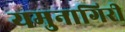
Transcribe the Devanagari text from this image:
यमुनागिरी